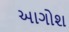
આગોશ